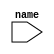
module bfm (/*AUTOARG*/
   // Inputs
   name
   );
   input [8*5:1] name ;
endmodule